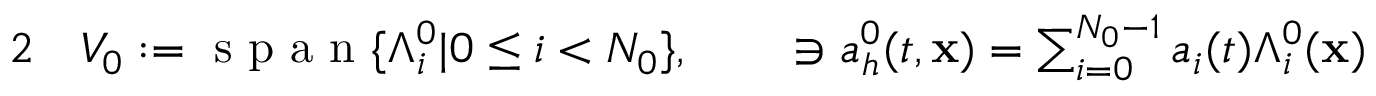
\begin{array} { r l r l } { { 2 } } & { { } V _ { 0 } : = \mathrm { ~ s ~ p ~ a ~ n ~ } \{ \Lambda _ { i } ^ { 0 } | 0 \le i < N _ { 0 } \} , } & { } & { { } \ni { a } _ { h } ^ { 0 } ( t , { \mathbf x } ) = \sum _ { i = 0 } ^ { N _ { 0 } - 1 } a _ { i } ( t ) \Lambda _ { i } ^ { 0 } ( { \mathbf x } ) } \end{array}